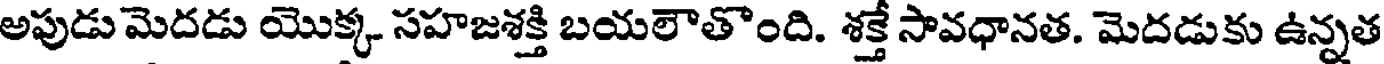
అపుడు మెదడు యొక్క సహజశక్తి బయలౌతొంది. శక్తే సావధానత. మెదడుకు ఉన్నత